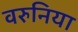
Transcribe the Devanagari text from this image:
वरुनिया